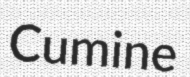
Cumine